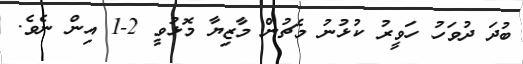
ބުދަ ދުވަހު ހަވީރު ކުޅުނު މެޗުން މާޒިޔާ މޮޅުވީ 2-1 އިން ނެވެ.